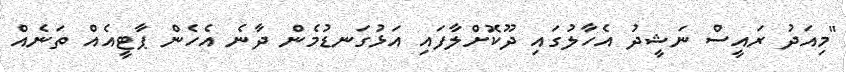
"މިއަދު ރައީސް ނަޝީދު އެހާލުގައި ދޫކޮށްލާފައި އަޅުގަނޑުމެން ދާނެ އެހެން ޕާޓީއެއް ތަނެއް